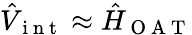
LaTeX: \hat{V}_{\mathrm{~i~n~t~}}\approx\hat{H}_{\mathrm{~O~A~T~}}